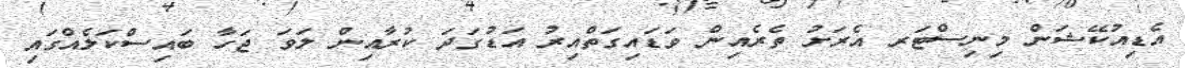
އެޑިއުކޭޝަން މިނިސްޓަރ އެރަށު ތެރެއިން ވަޑައިގަތްއިރު އަޑުގަދަ ކުރާއިން ލަވަ ޖަހާ ބައިސްކަލެއްގައި